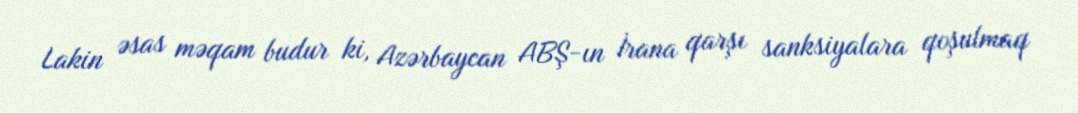
Lakin əsas məqam budur ki, Azərbaycan ABŞ-ın İrana qarşı sanksiyalara qoşulmaq